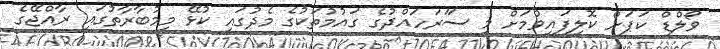
ވޯލްޑް ކަޕަށް ކޮލިފައިވުމަށް މި ސަަރަހައްދުގެ ގައުމުތަކުގެ މެދުގައި ކުޅޭ މިމުބާރާތުގައި ރާއްޖޭގެ